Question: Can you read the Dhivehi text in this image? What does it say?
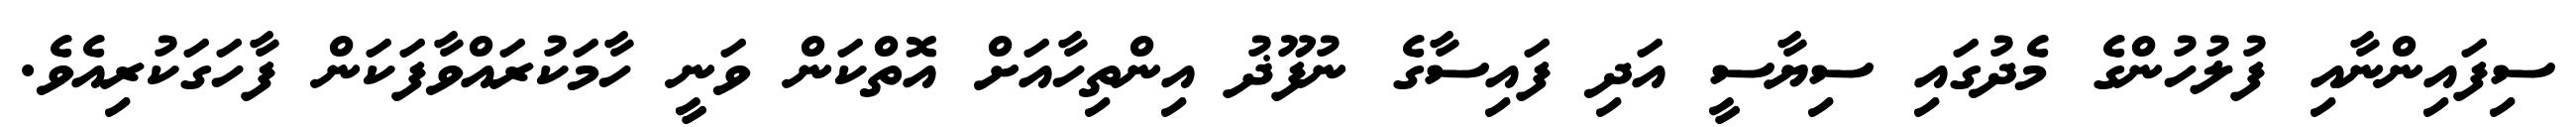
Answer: ސިފައިންނާއި ފުލުހުންގެ މެދުގައި ސިޔާސީ އަދި ފައިސާގެ ނުފޫޛު އިންތިހާއަށް އޮތްކަން ވަނީ ހާމަކުރައްވާފަކަން ފާހަގަކުރިއެވެ.